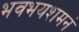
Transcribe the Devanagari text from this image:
भवभयशमनं